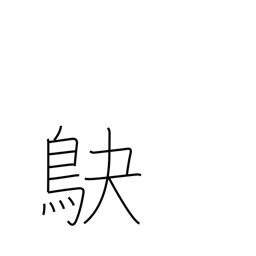
Meaning: shrike